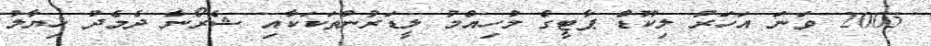
2005 ވަނަ އަހަރު ލިކޫޑް ޕާޓީގެ މުހިއްމު ލީޑަރުންތަކަކާއި ޝެރޯނާ ދެމެދު ޚިޔާލު